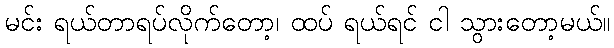
မင်း ရယ်တာရပ်လိုက်တော့၊ ထပ် ရယ်ရင် ငါ သွားတော့မယ်။